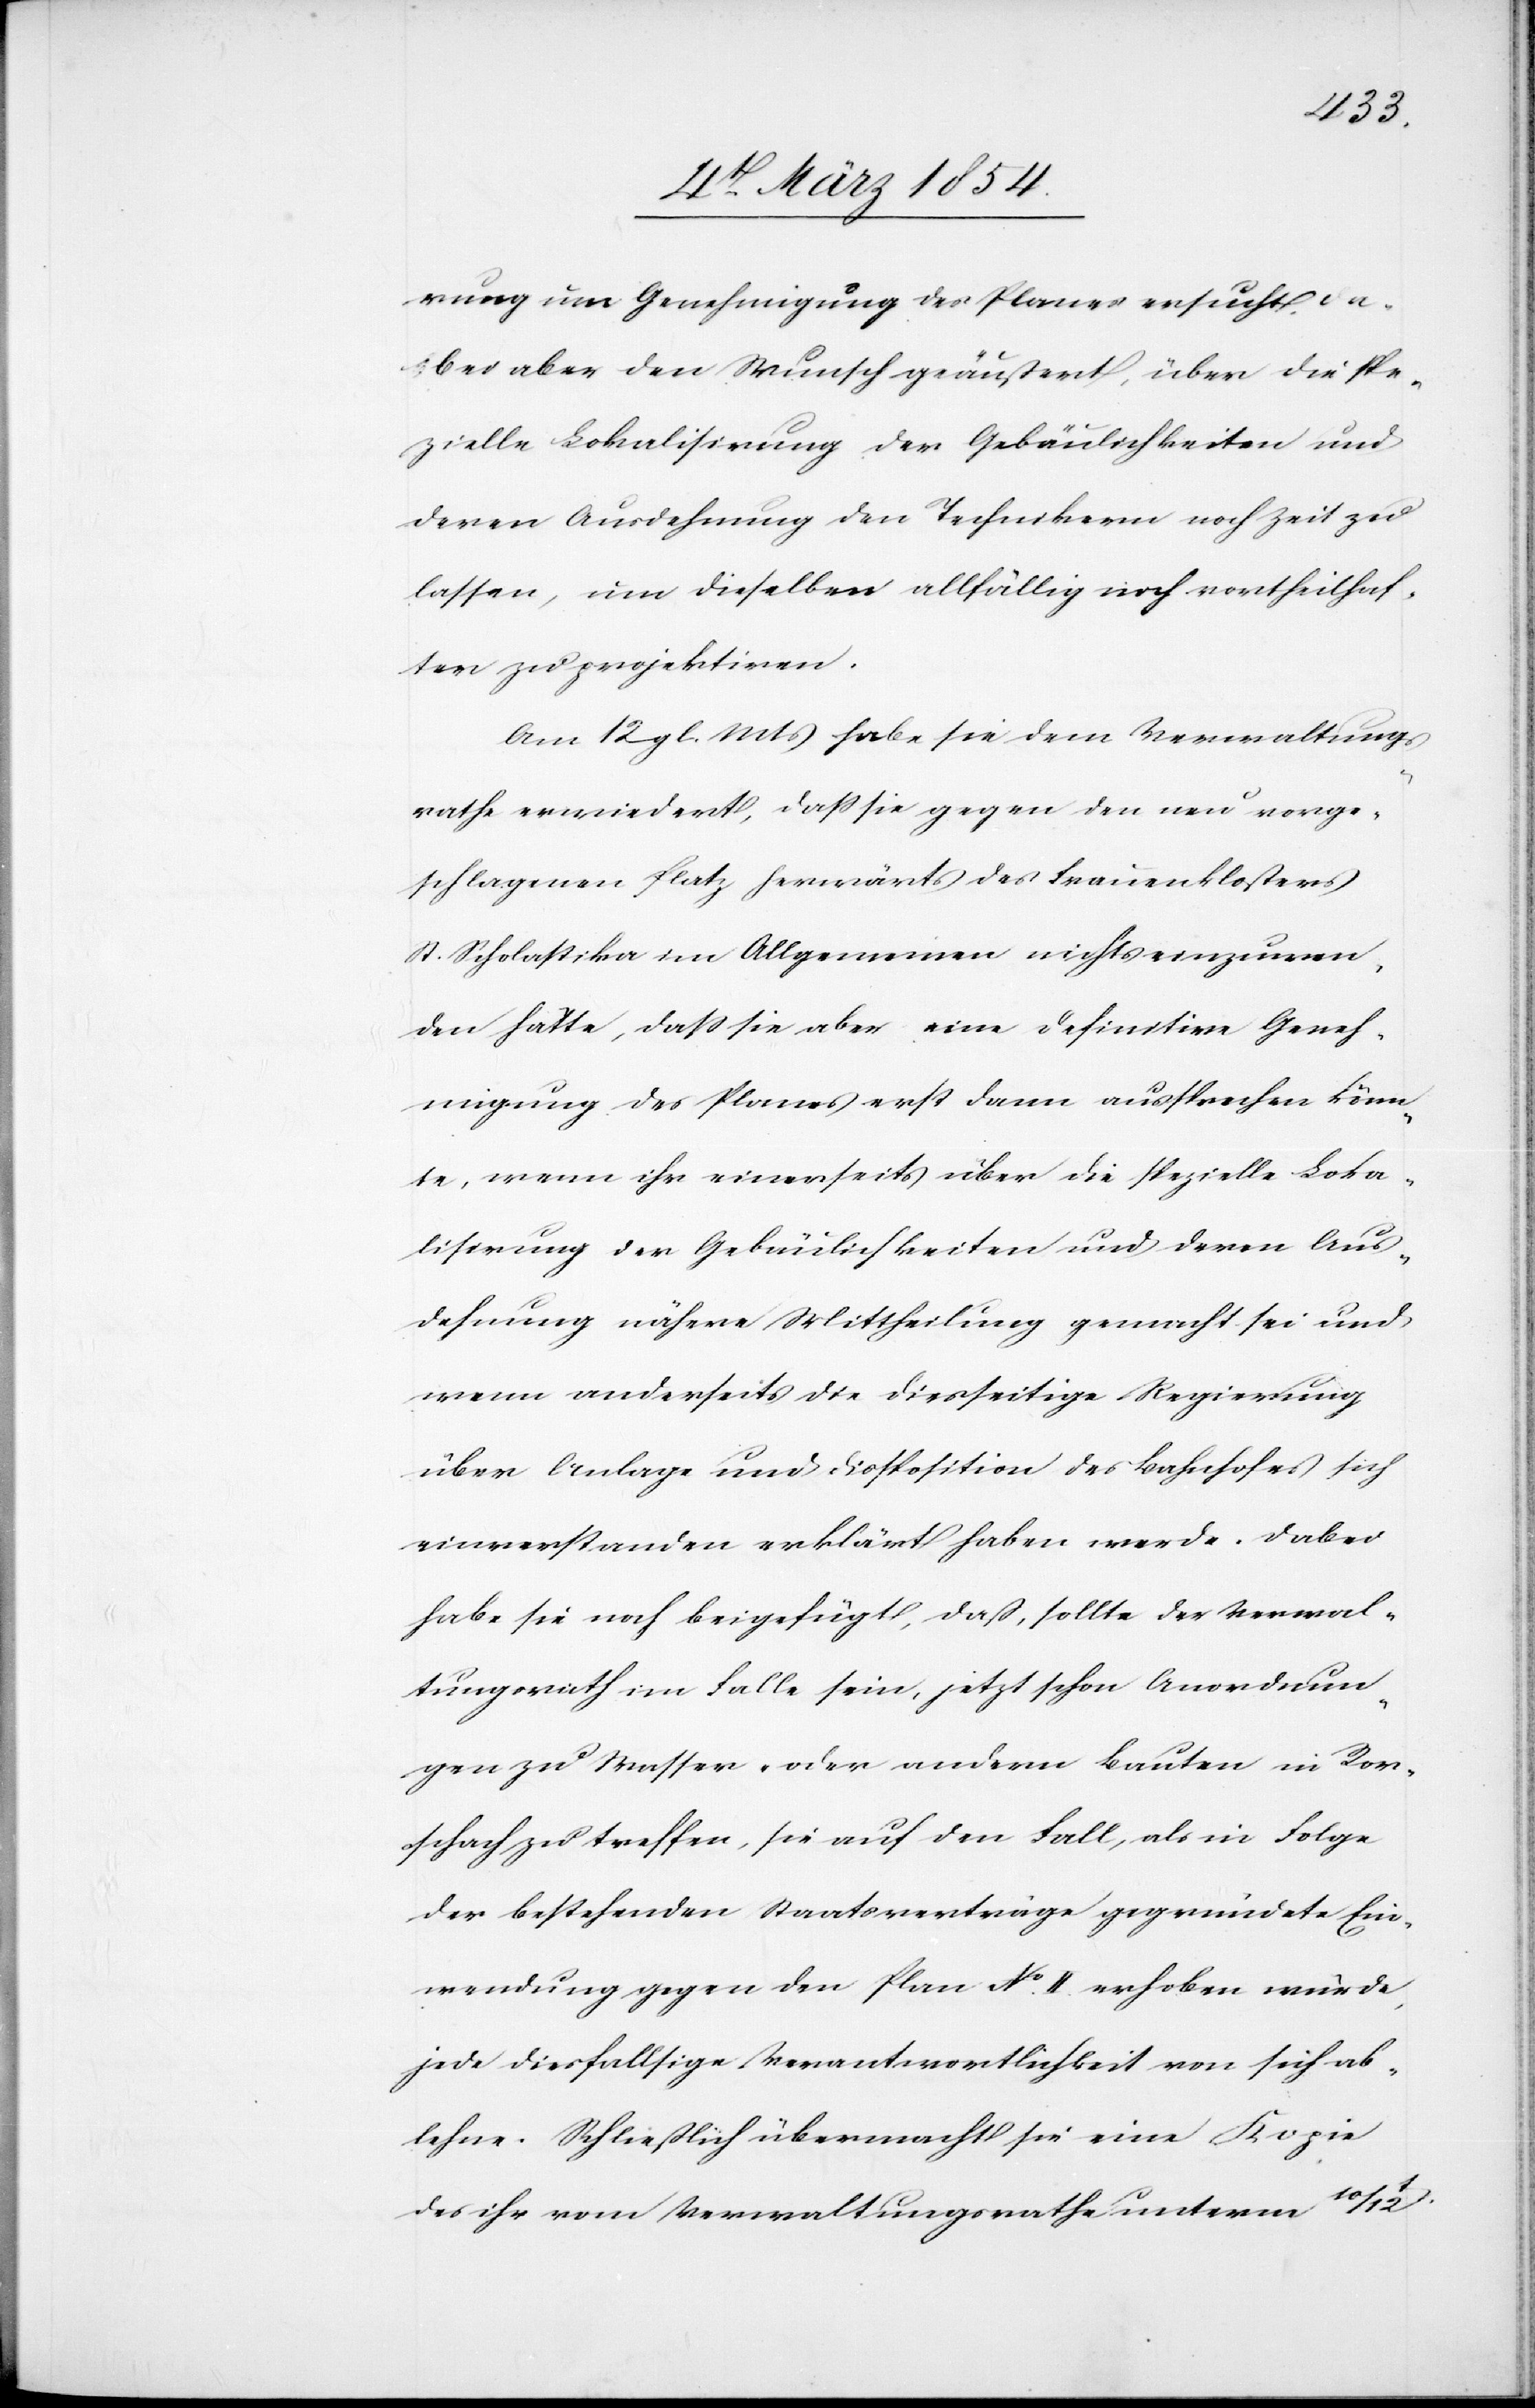
rung um Genehmigung des Planes ersucht, da¬
bei aber den Wunsch geäußert, über die spe¬
zielle Lokalisirung der Gebäulichkeiten und
deren Ausdehnung den Technikern noch Zeit zu
lassen, um dieselben allfällig noch vortheilhaf¬
ter zu projektiren.
Am 12 gl. Mts habe sie dem Verwaltungs¬
rath erwiedert, daß sie gegen den neu vorge¬
schlagenen Platz herwärts des Frauenklosters
St. Scholastika im Allgemeinen nichts einzuwen¬
den hätte, daß sei aber eine definitive Geneh¬
migung des Planes erst dann aussprechen könn¬
te, wenn ihr einerseits über die spezielle Loka¬
lisrung der Gebäulichkeiten und deren Aus¬
dehnung nähere Mittheilung gemacht sei und
wenn anderseits die diesseitige Regierung
über Anlage und Disposition des Bahnhofes sich
einverstanden erklärt haben werde. Dabei
habe sie noch beigefügt, daß, sollte der Verwal¬
tungsrath im Falle sein, jetzt schon Anordnun¬
gen zu Wasser- oder andern Bauten in Ror¬
schach zu treffen, sie auf den Fall, als in Folge
der bestehenden Staatsverträge gegründete Ein¬
wendung gegen den Plan No II. erhoben wurde,
jede diesfallsige Verantwortlichkeit von sich ab¬
lehne. Schließlich übermacht sie eine Kopie
des ihr vom Verwaltungsrathe unterm 10/12t